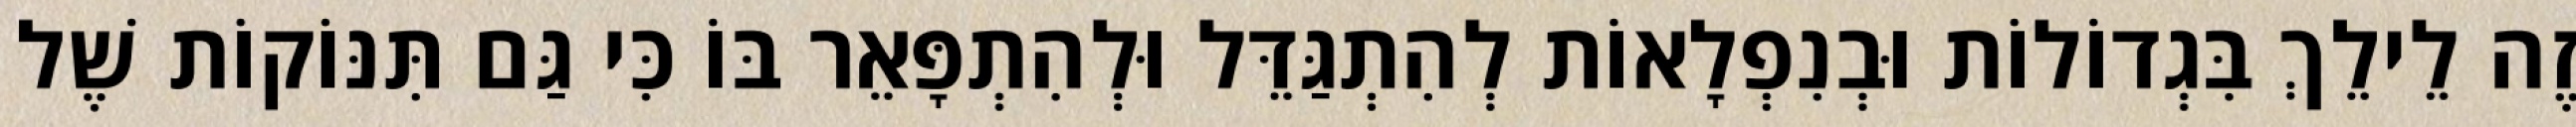
זֶה לֵילֵךְ בִּגְדוֹלוֹת וּבְנִפְלָאוֹת לְהִתְגַּדֵּל וּלְהִתְפָּאֵר בּוֹ כִּי גַּם תִּנּוֹקוֹת שֶׁל